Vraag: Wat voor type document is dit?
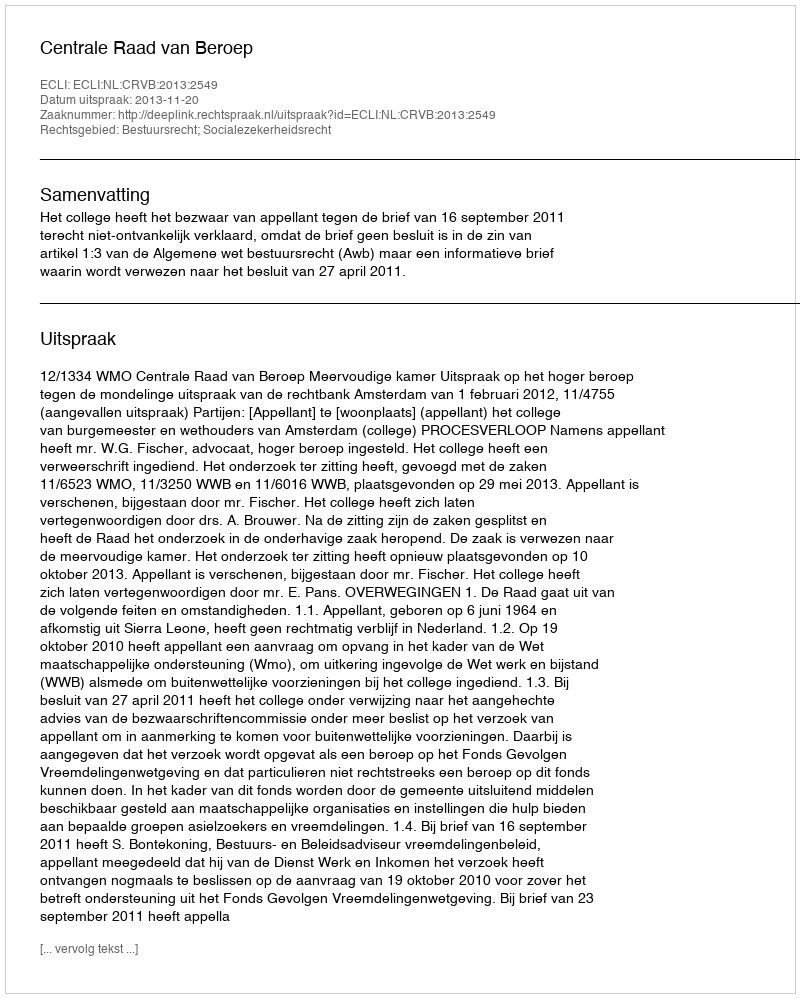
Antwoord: Uitspraak